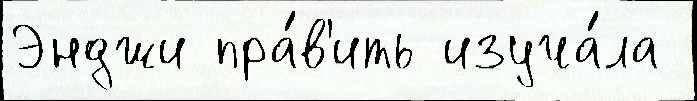
Энджи пра́в'ить изуча́ла